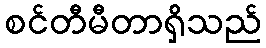
စင်တီမီတာရှိသည်